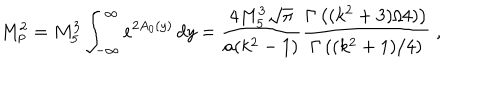
M _ { p } ^ { 2 } = M _ { 5 } ^ { 3 } \int _ { - \infty } ^ { \infty } e ^ { 2 A _ { 0 } ( y ) } \, d y = \frac { 4 M _ { 5 } ^ { 3 } \sqrt { \pi } } { a ( k ^ { 2 } - 1 ) } \frac { \Gamma \left( ( k ^ { 2 } + 3 ) / 4 ) \right) } { \Gamma \left( ( k ^ { 2 } + 1 ) / 4 \right) } \; ,